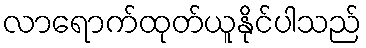
လာရောက်ထုတ်ယူနိုင်ပါသည်